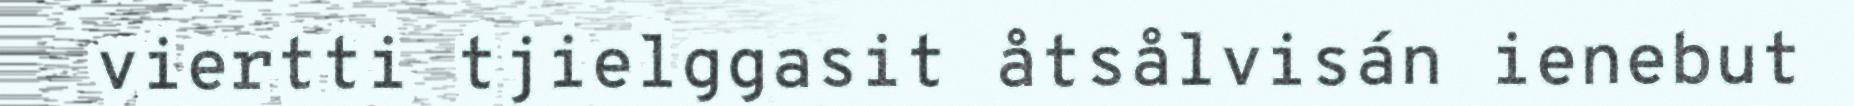
viertti tjielggasit åtsålvisán ienebut